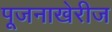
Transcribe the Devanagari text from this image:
पूजनाखेरीज